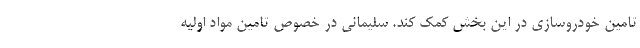
تامین خودروسازی در این بخش کمک کند. سلیمانی در خصوص تامین مواد اولیه